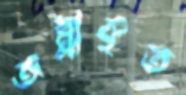
অম্লীকৃত